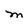
Character: M